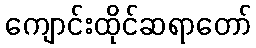
ကျောင်းထိုင်ဆရာတော်